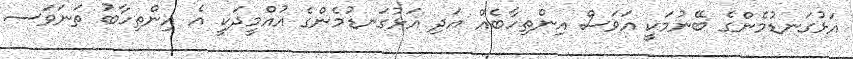
އަޅުގަނޑުމެންގެ ބޭނުމަކީ އަވަސް އިންތިހާބެއް އަދި އަޅުގަނޑުމެންގެ އުއްމީދަކީ އެ އިންތިހާބު ތަނަވަސ